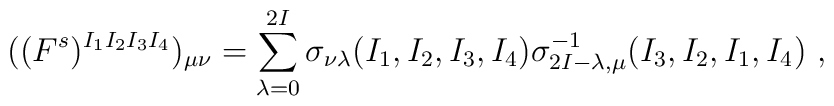
((F^s)^{I_1I_2I_3I_4})_{\mu \nu} = \sum_{\lambda=0}^{2 I} \sigma_{\nu \lambda}(I_1,I_2,I_3,I_4)\sigma^{-1}_{2I - \lambda, \mu}(I_3,I_2,I_1,I_4) \ ,